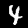
Digit: 4